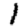
Digit: 1